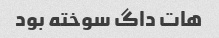
هات داگ سوخته بود